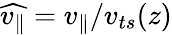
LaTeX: \widehat{v_{\parallel}}=v_{\parallel}/v_{ts}(z)